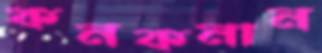
কনকনান